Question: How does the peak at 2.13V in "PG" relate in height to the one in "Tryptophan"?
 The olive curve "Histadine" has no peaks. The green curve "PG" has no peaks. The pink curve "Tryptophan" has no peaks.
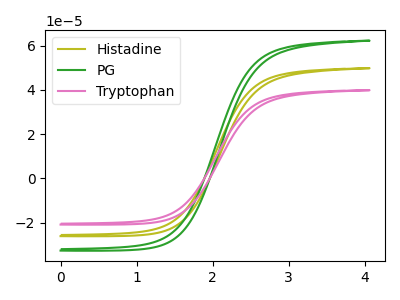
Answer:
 <answer>"PG" and "Tryptophan" dont share a peak at 2.13V.</answer>
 <eval>mismatch</eval>